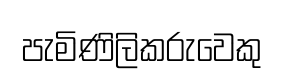
පැමිණිලිකරුවෙකු